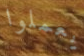
يعملوا